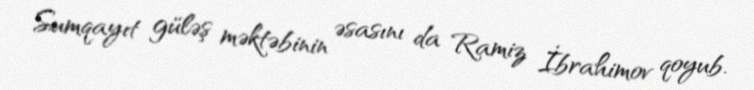
Sumqayıt güləş məktəbinin əsasını da Ramiz İbrahimov qoyub.